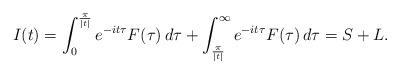
LaTeX: \begin{align*}I(t) = \int_0^{\frac{\pi}{|t|}} e^{-it\tau} F(\tau) \, d\tau + \int_{\frac{\pi}{|t|}}^{\infty} e^{-it\tau}F(\tau)\,d\tau = S+L.\end{align*}